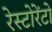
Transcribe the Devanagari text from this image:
रेस्‍टोरेंटो